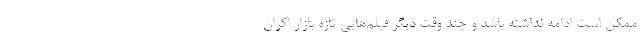
ممکن است ادامه نداشته باشد و چند وقت دیگر فیلم‌هایی تازه بازار اکران